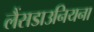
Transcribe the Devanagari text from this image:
लैंसडाउनियना